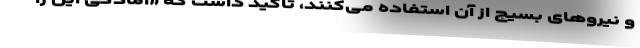
و نیروهای بسیج از آن استفاده می‌کنند، تاکید داشت که «آمادگی این را